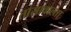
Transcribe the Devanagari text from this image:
तासावाल्ता